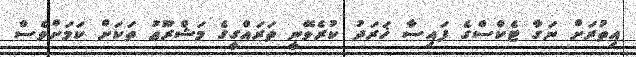
އިތުރަށް ނަގާ ޓެކްސްގެ ފައިސާ ޚަރަދު ކުރެވޭނީ ތަރައްގީގެ މަޝްރޫޢު ތަކަށް ކަމަށްވެސް